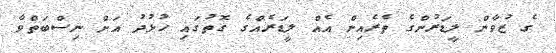
ގެ ޒުވާން ލީޑަރުންގެ ތެރެއިން އެއް ލީޑަރެއްގެ ގޮތުގައި ހުޅުދު އަށް ނިސްބަތްވާ